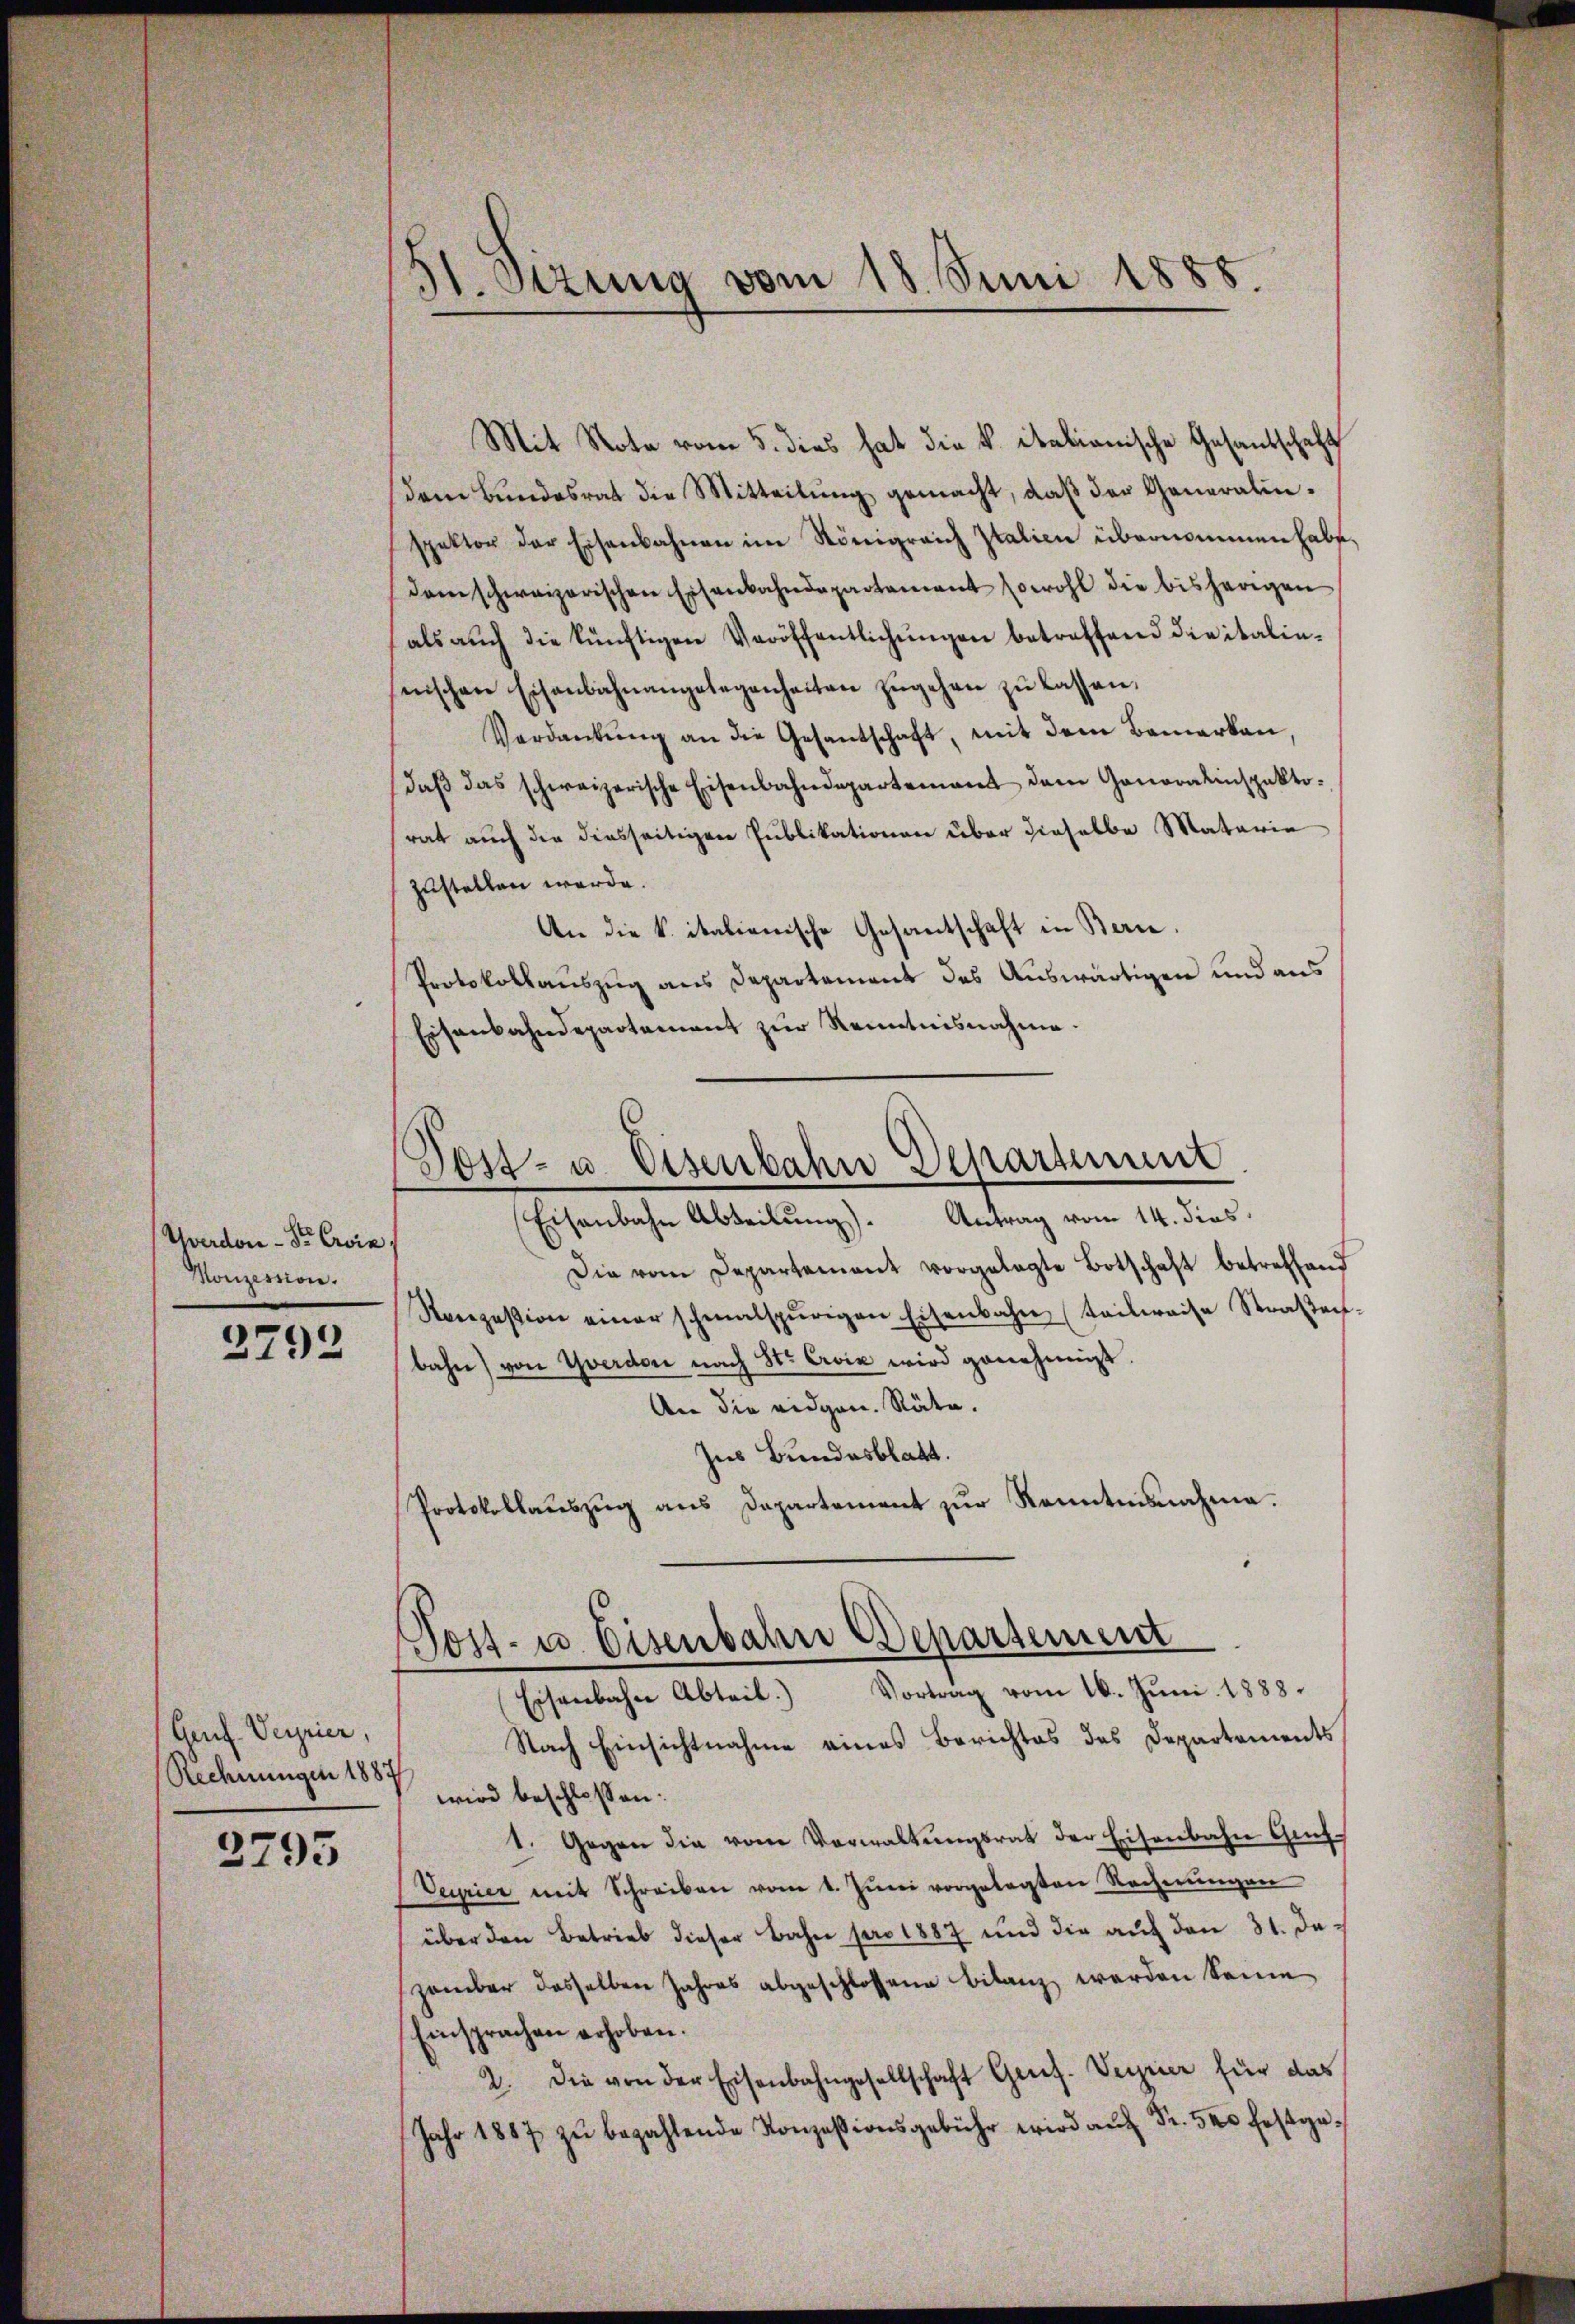
Yverdon Sr. Evia,
Konzession.

2792

Gruf. Verrier.
Rechnungen 1887

2795

Mit Note vom 5. dies hat die k. italianische Gesandschaft
dem Bundesrat die Mitteilŭng gemacht, daß der Generalin.
spektor der Eisenbahnen im Königreich Italien übernommen habe,
dam schweizerischen Eisenbahndepartement sowohl die bisherigen
als aŭch die künftigen Veröffentlichŭngen betreffend die italin-
nischen Eisenbahnangelegenheiten zŭgehen zŭ lassen,
Verdankŭng an die Gesantschaft, mit dem Bemerken,
daβ das schweizerische Eisenbahndepartement dem Ganoralinspekto-
rat auch die diesseitigen Publikationen über dieselbe Materie
zustellen werde.
An die k. italienische Gesantschaft in Berne.
Protokollauszug aus Departement des Auswärtigen und aus
Eisenbahndepartement zur Kenntnisnahme.

31. Stzung vom 18. Juni 1888.

Post- u. Eisenbahn Departement
Eisenbahn Abteilung). Antrag vom 14. dies

Die vom Departement vorgelegte Botschaft betreffend
Ronzesion einer schmalspurigen Eisenbahn (teilweise Straßenbahn) von Yverdon nach St. Croix wird genehmigt.
An die eidgen. Stäte.
Ins Bundesblatt.
Protokollauszug aus Departement zur Kenntnisnahme.

Post- u. Eisenbahn Departement
Eisenbahn Abteil) Vortrag vom 16. Juni 1888.

Nach Einsichtnahme eines Berichtes des Departements
wird beschlossen:
1. Gegen die vom Verwaltungsrat der Eisenbahn Gut¬
Veurier mit Schreiben vom 1. Juni vorgelegten Rechnungen
über den Betrieb dieser Bahn pro 1887 und die aŭf den 31. Dezember dasselben Jahres abgeschlossene Bilanz werden Sonne
Einsprachen erhoben.
2. Die von der Eisenbahngesellschaft Gens-Vereier für das
Jahr 1887 zŭ bezahlende Konzesionsgebühr wird aŭf Fr. 500 festge¬